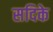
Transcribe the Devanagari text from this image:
सदिके